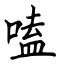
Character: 嗑